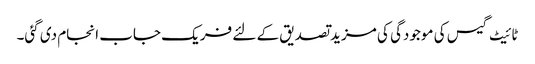
ٹائیٹ گیس کی موجودگی کی مزید تصدیق کے لئے فریک جاب انجام دی گئی۔